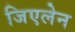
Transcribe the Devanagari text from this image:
जिएलेन